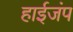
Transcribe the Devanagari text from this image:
हाईजंप